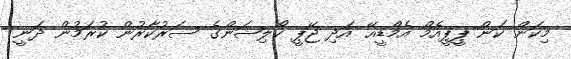
މިކަން ކަން ޕީޕީއެމް އެމްޑީއޭ އަދި ޖޭޕީ ކޯލިޝަންގެ ސަރުކާރުން ކުރަމުން ދަނީ